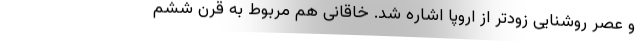
و عصر روشنایی زودتر از اروپا اشاره شد. خاقانی هم مربوط به قرن ششم